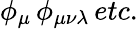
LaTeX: \phi_{\mu}\, \phi_{\mu\nu\lambda}\, etc.